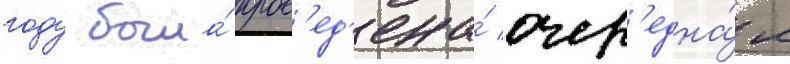
году была́ пров'ед'ена́ очер'една́я